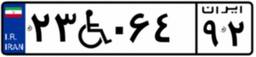
۲۳W۰۶۴۹۲